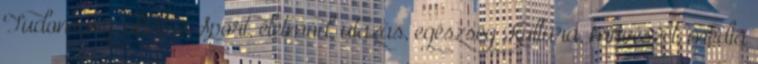
Tudomány, oktatás Sport, életmód, utazás, egészség Kultúra, művészet, média